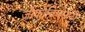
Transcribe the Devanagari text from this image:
जोकोविचसाठी